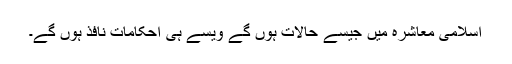
اسلامی معاشرہ میں جیسے حالات ہوں گے ویسے ہی احکامات نافذ ہوں گے۔